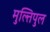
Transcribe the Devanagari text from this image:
मुल्तिपुल